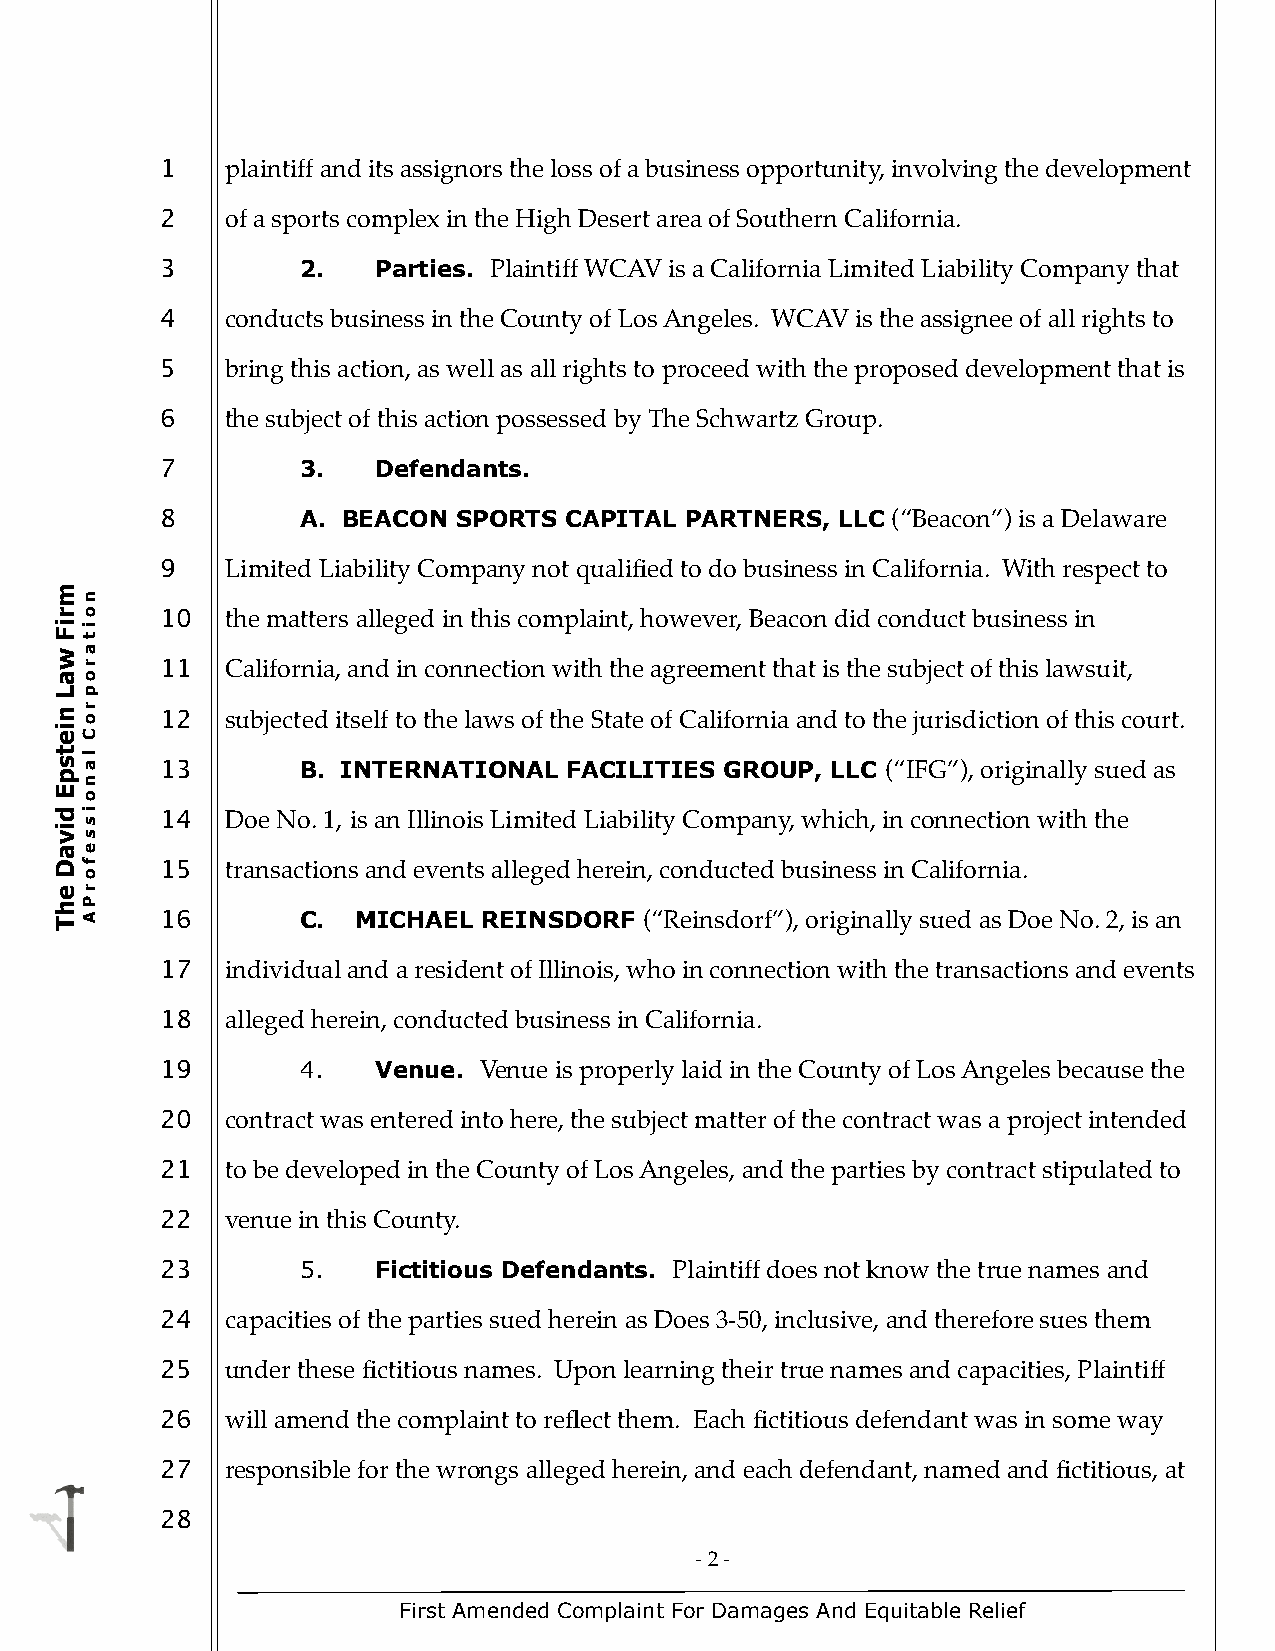
1   plaintiff and its assignors the loss of a business opportunity, involving the development
 2   of a sports complex in the High Desert area of Southern California.
 3        2.   Parties. Plaintiff WCAV is a California Limited Liability Company that
 4   conducts business in the County of Los Angeles. WCAV is the assignee of all rights to
 5   bring this action, as well as all rights to proceed with the proposed development that is
 6   the subject of this action possessed by The Schwartz Group.
 7        3.   Defendants.
 8        A. BEACON SPORTS CAPITAL PARTNERS,  LLC (“Beacon”) is a Delaware
 9   Limited Liability Company not qualified to do business in California. With respect to
 m
 n
 ro     10  the matters alleged in this complaint, however, Beacon did conduct business in
 Fi
 t
 i
 w a
 r     11  California, and in connection with the agreement that is the subject of this lawsuit,
 ao
 Lp
 n o r  12  subjected itself to the laws of the State of California and to the jurisdiction of this court.
 ei
 C
 st
 a
 l
 13       B. INTERNATIONAL  FACILITIES GROUP, LLC (“IFG”), originally sued as
 p
 n
 E
 o
 d s i  14  Doe No. 1, is an Illinois Limited Liability Company, which, in connection with the
 vi
 s
 ae
 D
 o
 f     15  transactions and events alleged herein, conducted business in California.
 he
 P
 r
 TA     16       C.  MICHAEL REINSDORF  (“Reinsdorf”), originally sued as Doe No. 2, is an
 17  individual and a resident of Illinois, who in connection with the transactions and events
 18  alleged herein, conducted business in California.
 19       4.   Venue. Venue is properly laid in the County of Los Angeles because the
 20  contract was entered into here, the subject matter of the contract was a project intended
 21  to be developed in the County of Los Angeles, and the parties by contract stipulated to
 22  venue in this County.
 23       5.   Fictitious Defendants. Plaintiff does not know the true names and
 24  capacities of the parties sued herein as Does 3-50, inclusive, and therefore sues them
 25  under these fictitious names. Upon learning their true names and capacities, Plaintiff
 26  will amend the complaint to reflect them. Each fictitious defendant was in some way
 27  responsible for the wrongs alleged herein, and each defendant, named and fictitious, at
 28
 - 2 -
 First Amended Complaint For Damages And Equitable Relief